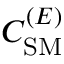
C _ { \mathrm { S M } } ^ { ( { \cal E } ) }